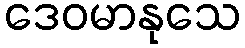
ဒေဝမာနုသေ